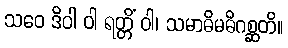
သဝေ ဒိဝါ ဝါ ရတ္တိံ ဝါ၊ သမာဓိမဓိဂစ္ဆတိ။